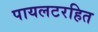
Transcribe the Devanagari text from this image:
पायलटरहित